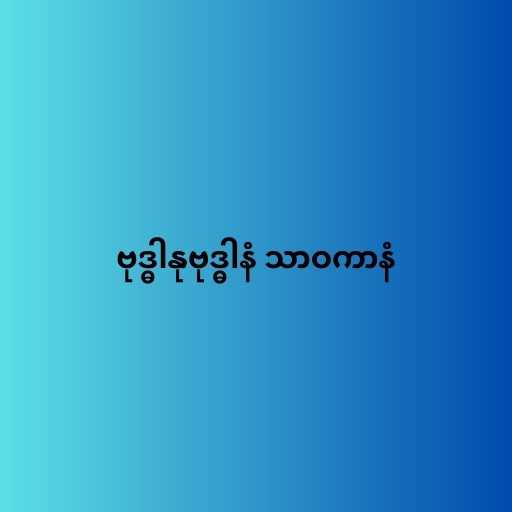
ဗုဒ္ဓါနုဗုဒ္ဓါနံ သာဝကာနံ